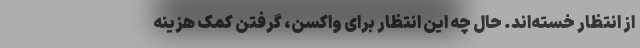
از انتظار خسته‌اند. حال چه این انتظار برای واکسن، گرفتن کمک هزینه